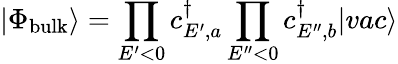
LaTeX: |\Phi_{\mathrm{bulk}}\rangle=\prod_{E^{\prime}<0}c_{E^{\prime},a}^{\dagger}\prod_{E^{\prime\prime}<0}c_{E^{\prime\prime},b}^{\dagger}|vac\rangle